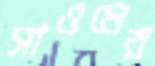
সাওমের